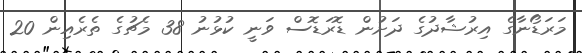
މަރަޑޯނާގެ އިރުޝާދުގެ ދަށުން ޑޮރަޑޮސް ވަނީ ކުޅުނު 38 މެޗުގެ ތެރެއިން 20